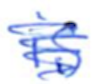
Text: is
Cross-out: scratch
Writing tool: ballpoint